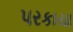
પરકાયા